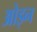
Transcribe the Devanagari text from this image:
ओइन